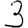
Digit: 3